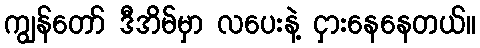
ကျွန်တော် ဒီအိမ်မှာ လပေးနဲ့ ငှားနေနေတယ်။